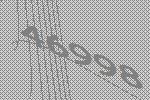
46998